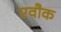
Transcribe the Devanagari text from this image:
एवौक